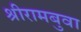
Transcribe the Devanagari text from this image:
श्रीरामबुवा